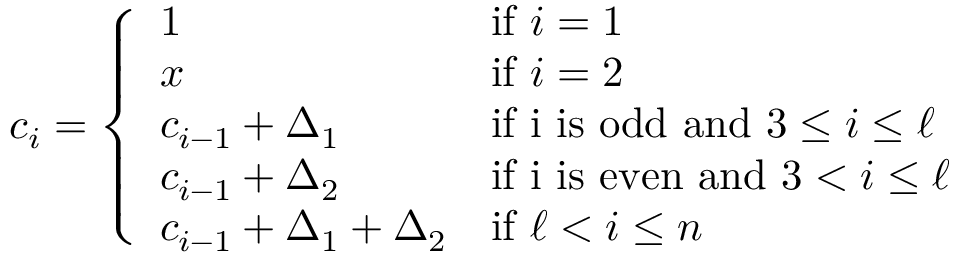
c _ { i } = \left\{ \begin{array} { l l } { 1 } & { \mathrm { i f ~ } i = 1 } \\ { x } & { \mathrm { i f ~ } i = 2 } \\ { c _ { i - 1 } + \Delta _ { 1 } } & { \mathrm { i f ~ i ~ i s ~ o d d ~ a n d ~ } 3 \leq i \leq \ell } \\ { c _ { i - 1 } + \Delta _ { 2 } } & { \mathrm { i f ~ i ~ i s ~ e v e n ~ a n d ~ } 3 < i \leq \ell } \\ { c _ { i - 1 } + \Delta _ { 1 } + \Delta _ { 2 } } & { \mathrm { i f ~ } \ell < i \leq n } \end{array} \right.